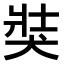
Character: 𤞛